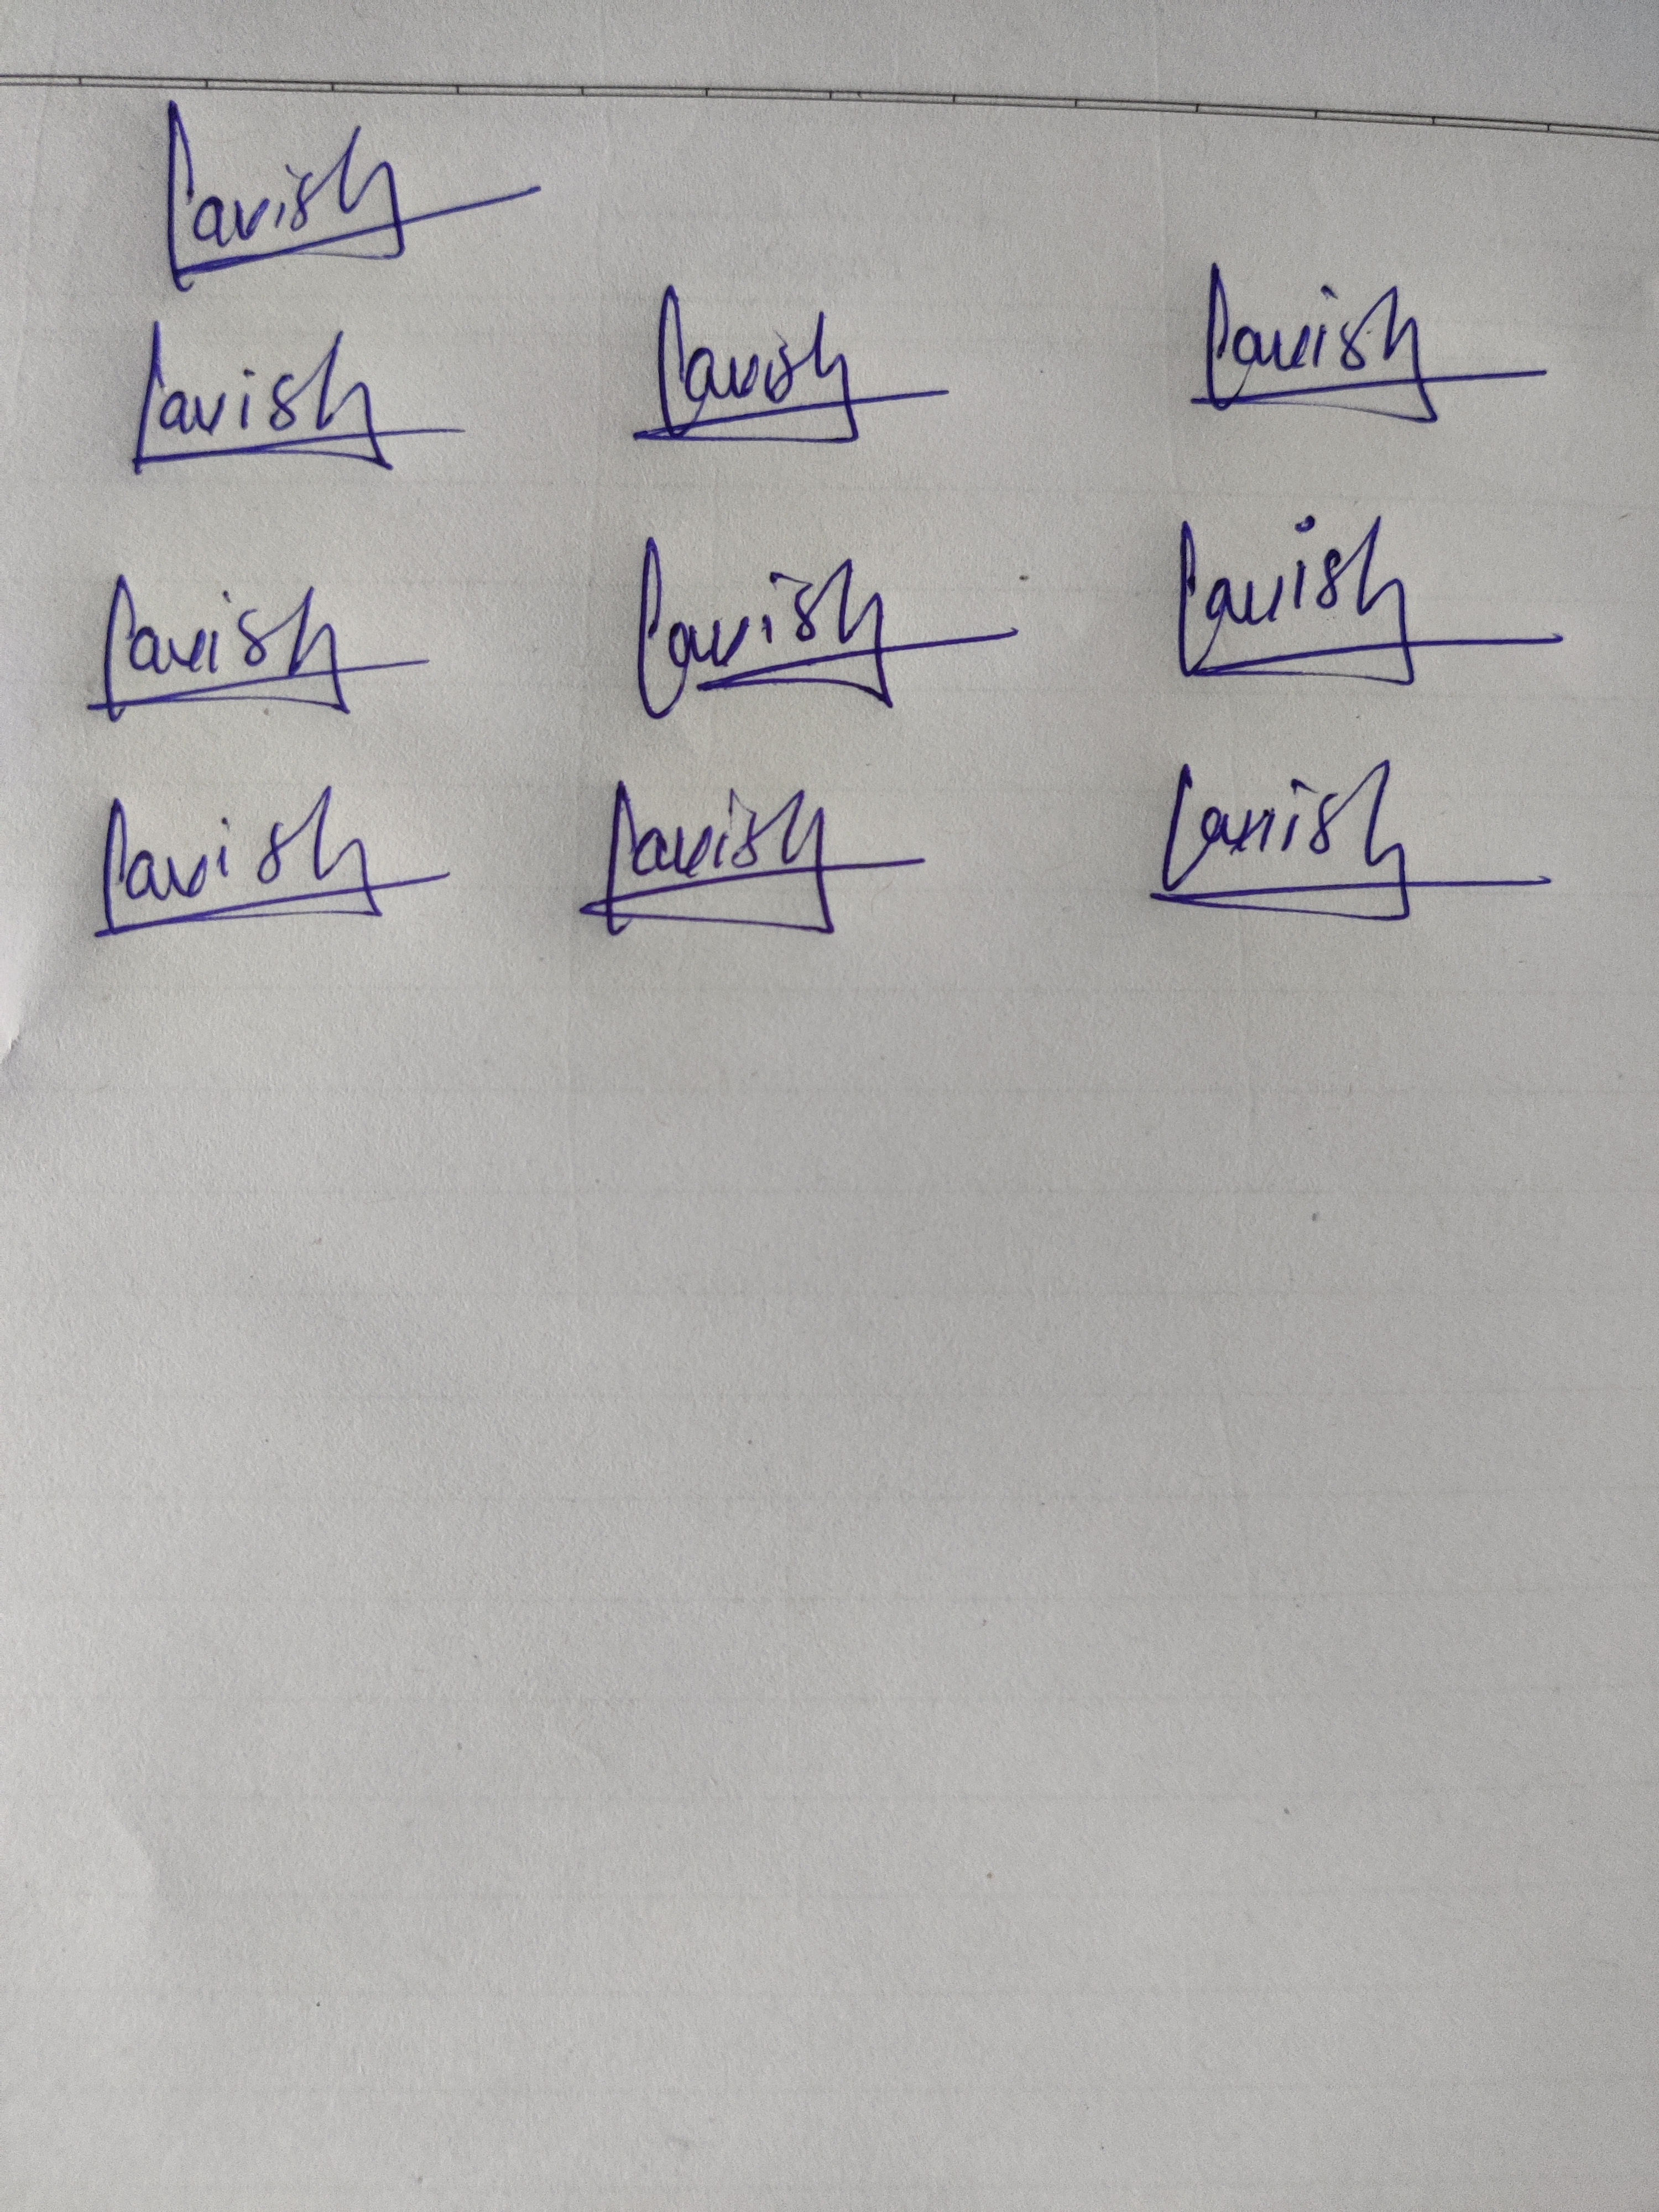
Signature authenticity: genuine